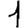
Digit: 1